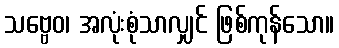
သဗ္ဗေဝ၊ အလုံးစုံသာလျှင် ဖြစ်ကုန်သော။